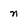
Character: n